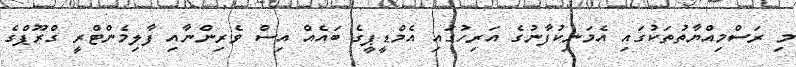
މި ރަސްމިއްޔާތުތަކުގައި އެމަނިކުފާނުގެ އަރިހުގައި އެމްޑީޕީގެ ބައެއް އިސް ވެރިންނާއި ފާލިމެންޓްރީ ގްރޫޕްގެ